Insane asylums Bombay 1873-77 - 1873-1877
Year: 1873
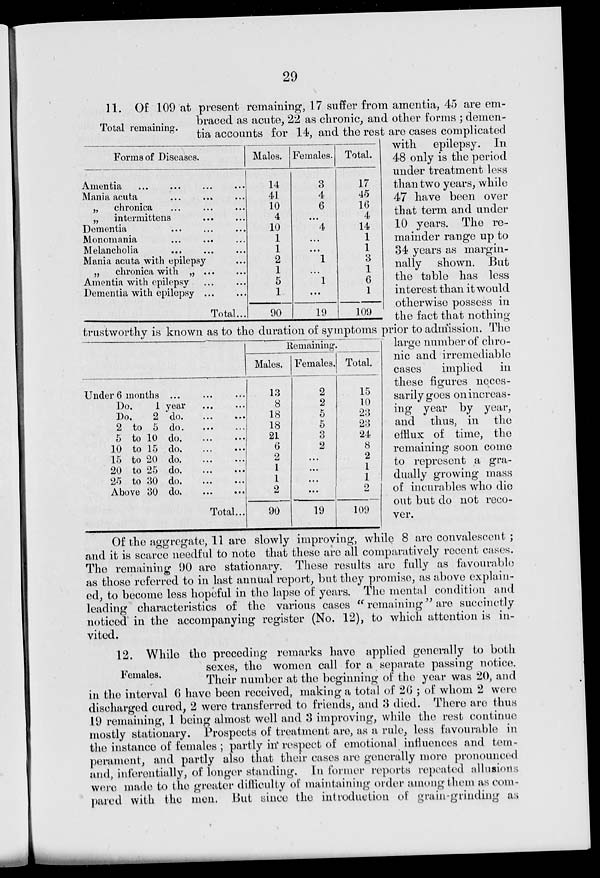
29
Total remaining.
Forms of Diseases.
Amentia ... ... ... ... ...
Mania acuta
„
chronica
„
intermittens
Dementia
Monomania
Melancholia
Mania acuta with epilepsy
„
chronica with „
...
...
Amentia with epilepsy
Dementia with epilepsy ...
Total...
Males.
14
41
10
4
10
1
1
2
1
5
1
90
Females.
3
4
6
...
4
...
...
1
...
1
...
19
Total.
17
45
16
4
14
1
1
3
1
6
1
109
Under 6 months ... ... ...
Do.
1 year
...
...
Do,
2
do. ... ...
2 to 5
do. ... ...
5 to 10
do. ... ...
10 to 15
do. ... ...
15 to 20
do. ... ...
20 to 25
do. ... ...
25 to 30
do. ... ...
Above 30
do. ... ...
Total...
Remaining.
Males.
13
8
18
18
21
6
2
1
1
2
90
Females.
2
2
5
5
3
2
...
...
...
...
19
Total.
15
10
23
23
24
8
2
1
1
2
109
11. Of 109 at present remaining, 17 suffer from amentia, 45 are em-
braced as acute, 22 as chronic, and other forms ; demen-
tia accounts for 14, and the rest are cases complicated
with epilepsy. In
48 only is the period
under treatment less
than two years, while
47 have been over
that term and under
10 years. The re-
mainder range up to
34 years as margin-
nally shown. But
the table has less
interest than it would
otherwise possess in
the fact that nothing
trustworthy is known as to the duration of symptoms prior to admission. The
large number of chro-
nic and irremediable
cases
implied
in
these figures neces-
sarily goes on increas-
ing year by year,
and thus, in the
efflux of time, the
remaining soon come
to represent a gra-
dually growing mass
of incurables who die
out but do not reco-
ver.
Of the aggregate, 11 are slowly improving, while 8 are convalescent ;
and it is scarce needful to note that these are all comparatively recent cases.
The remaining 90 are stationary. These results are fully as favourable
as those referred to in last annual report, but they promise, as above explain-
ed, to become less hopeful in the lapse of years. The mental condition and
leading characteristics of the various cases " remaining" are succinctly
noticed in the accompanying register (No. 12), to which attention is in-
vited.
Females.
12. While the preceding remarks have applied generally to both
sexes, the women call for a separate passing notice.
Their number at the beginning of the year was 20, and
in the interval 6 have been received, making a total of 26 ; of whom 2 were
discharged cured, 2 were transferred to friends, and 3 died. There are thus
19 remaining, 1 being almost well and 3 improving, while the rest continue
mostly stationary. Prospects of treatment are, as a rule, less favourable in
the instance of females ; partly in respect of emotional influences and tem-
perament, and partly also that their cases are generally more pronounced
and, inferentially, of longer standing. In former reports repeated allusions
were made to the greater difficulty of maintaining order among them as com-
pared with the men. But since the introduction of grain-grinding as